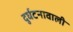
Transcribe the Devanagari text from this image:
दुर्घटनावाली